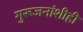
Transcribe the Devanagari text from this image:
गुरूजनांशीही